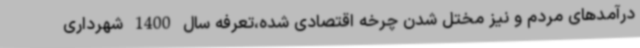
درآمدهای مردم و نیز مختل شدن چرخه اقتصادی شده،تعرفه سال 1400 شهرداری